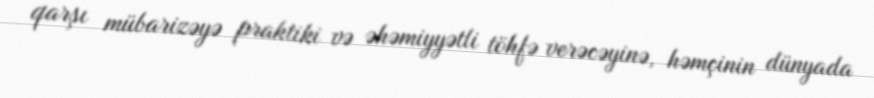
qarşı mübarizəyə praktiki və əhəmiyyətli töhfə verəcəyinə, həmçinin dünyada